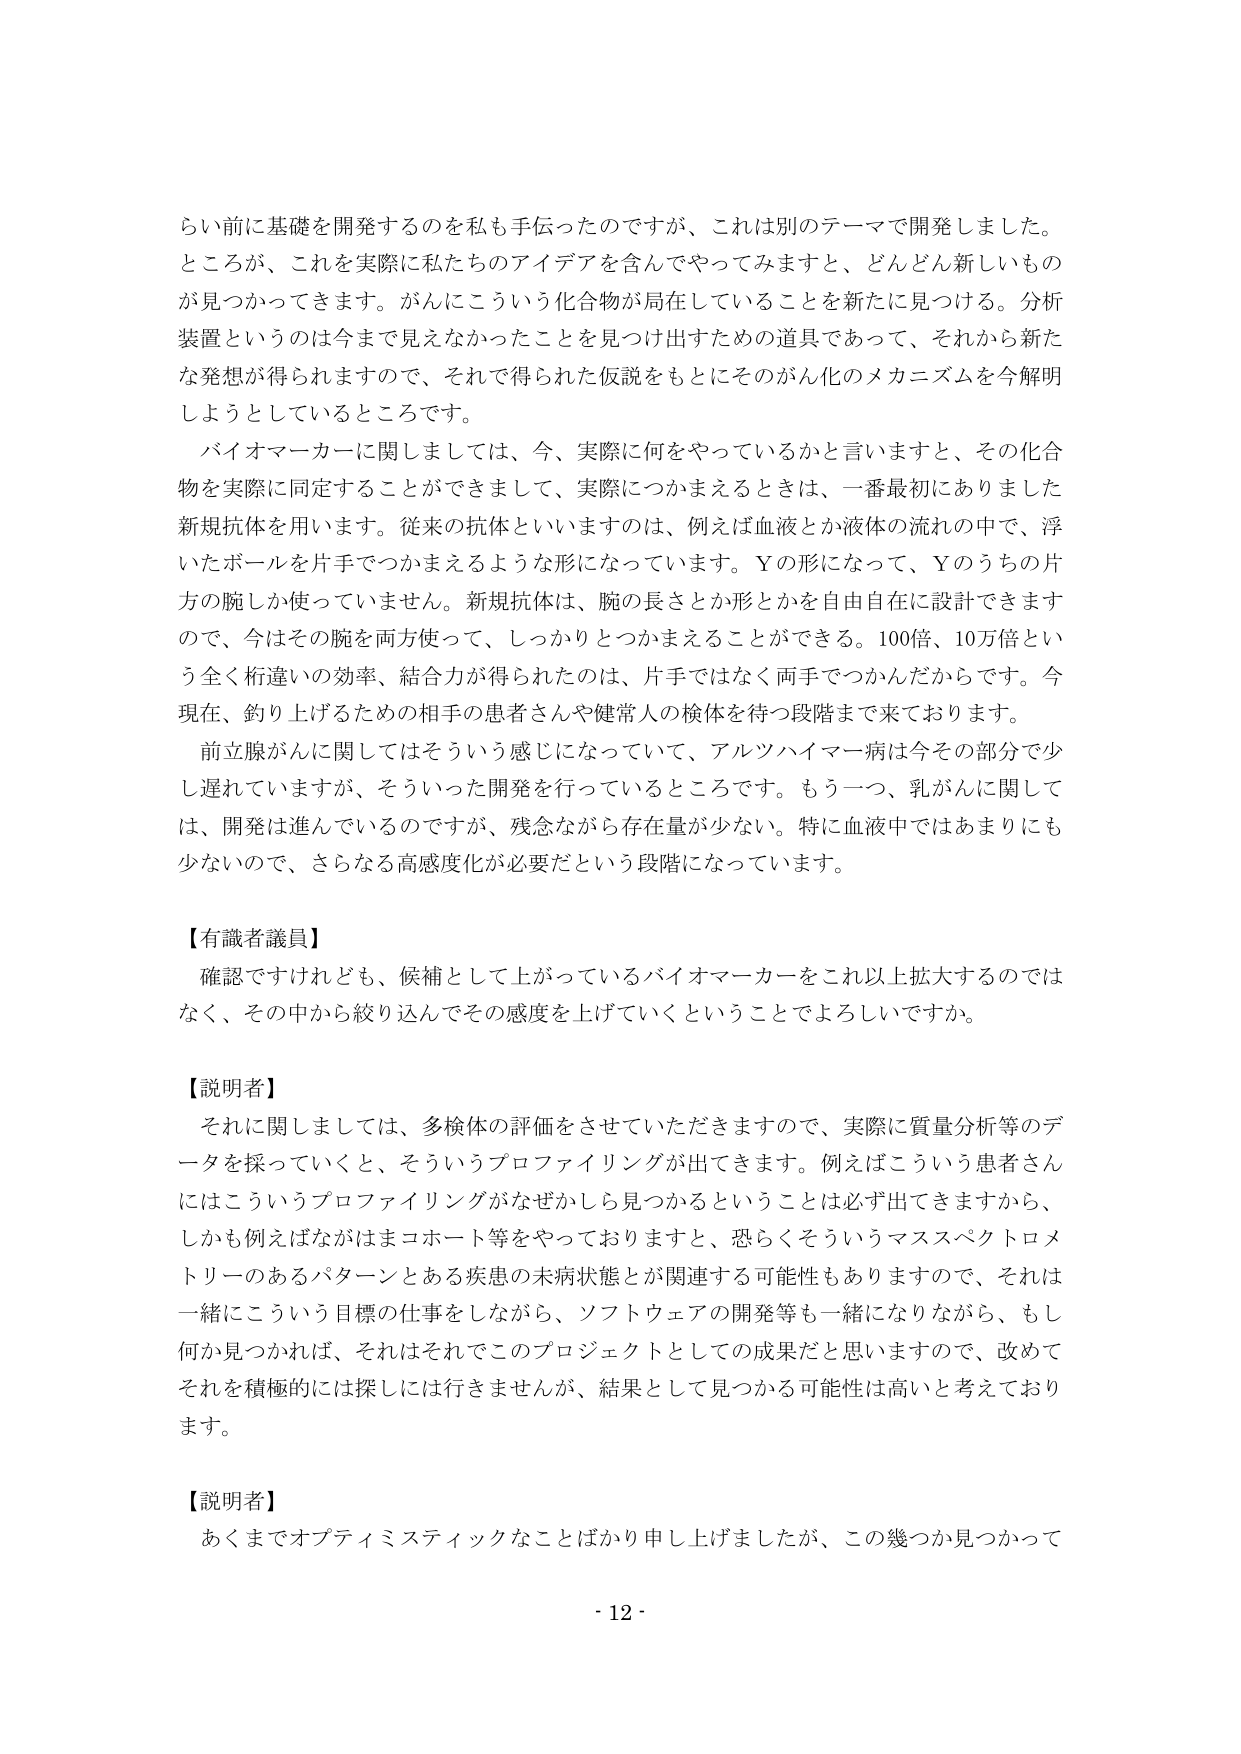
らい前に基礎を開発するのを私も手伝ったのですが、これは別のテーマで開発しました。
ところが、これを実際に私たちのアイデアを含んでやってみますと、どんどん新しいものが見つかってきます。がんにこういう化合物が局在していることを新たに見つける。分析装置というのは今まで見えなかったことを見つけ出すための道具であって、それから新たな発想が得られますので、それで得られた仮説をもとにそのがん化のメカニズムを今解明しようとしているところです。

バイオマーカーに関しましては、今、実際に何をやっているかと言いますと、その化合物を実際に同定することができますまして、実際につかまえるときは、一番最初にありました新規抗体を用います。従来の抗体といいますのは、例えば血液とか液体の流れの中で、浮いたボールを片手でつかまえるような形になっています。Yの形になって、Yのうちの片方の腕しか使っていません。新規抗体は、腕の長さとか形とかを自由自在に設計できますので、今はその腕を両方使って、しっかりとつかまえることができる。100倍、10万倍という全く桁違いの効率、結合力が得られたのは、片手ではなく両手でつかんだからです。今現在、釣り上げるための相手の患者さんや健常人の検体を待つ段階まで来ております。

前立腺がんに関してはそういう感じになっていて、アルツハイマー病は今その部分で少し遅れていますが、そういった開発を行っているところです。もう一つ、乳がんに関しては、開発は進んでいるのですが、残念ながら存在量が少ない。特に血液中ではあまりにも少ないので、さらなる高感度化が必要だという段階になっています。

【有識者議員】
確認ですけれども、候補として上がっているバイオマーカーをこれ以上拡大するのではなく、その中から絞り込んでその感度を上げていくということでしょうか。

【説明者】
それに関しましては、多検体の評価をさせていただきますので、実際に質量分析等のデータを採っていくと、そういうプロファイリングが出てきます。例えばこういう患者さんにはこういうプロファイリングがなぜかしら見つかるということは必ず出てきますから、しかも例えばながはまコホート等をやっておりますと、恐らくそういうマススペクトロメトリーのあるパターンとある疾患の未病状態とが関連する可能性もありますので、それは一緒にこういう目標の仕事をしながら、ソフトウェアの開発等も一緒になりながら、もし何か見つかれば、それはそれでこのプロジェクトとしての成果だと思いますので、改めてそれを積極的には探しには行きませんが、結果として見つかる可能性は高いと考えております。

【説明者】
あくまでオプティミスティックなことばかり申し上げましたが、この幾つか見つかって

- 12 -